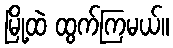
မြို့ထဲ ထွက်ကြမယ်။